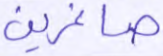
صاغرين